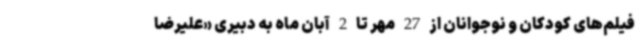
فیلم‌های کودکان و نوجوانان از 27 مهر تا 2 آبان ماه به دبیری «علیرضا